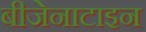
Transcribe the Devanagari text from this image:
बीजेनाटाइन